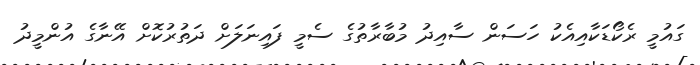
ގައުމީ ރެކޯޑަކާއިއެކު ހަސަން ސާއިދު މުބާރާތުގެ ސެމީ ފައިނަލަށް ދަތުރުކޮށް އޭނާގެ އުންމީދު